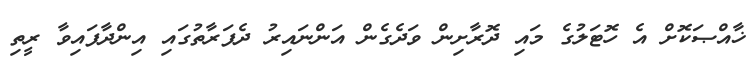
ޚާއްޞަކޮށް އެ ހޮޓަލުގެ މައި ދޮރާށިން ވަދެގެން އަންނައިރު ދެފަރާތުގައި އިންދާފައިވާ ރީތި